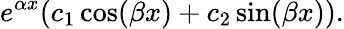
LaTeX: e^{\alpha x}(c_{1}\cos(\beta x)+c_{2}\sin(\beta x)).